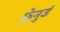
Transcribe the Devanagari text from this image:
फ़ेनुर्ड